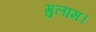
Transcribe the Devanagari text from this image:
गुलाम।